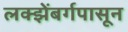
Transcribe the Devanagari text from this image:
लक्झेंबर्गपासून